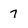
Character: 7